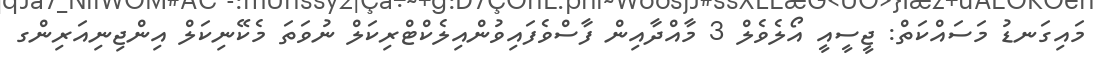
މައިގަނޑު މަސައްކަތް: ޖީސީއީ އޯލެވެލް 3 މާއްދާއިން ފާސްވެފައިވުންއިލެކްޓްރިކަލް ނުވަތަ މެކޭނިކަލް އިންޖިނިއަރިންގ